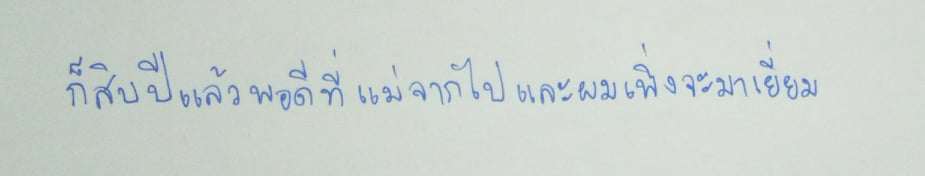
ก็สิบปีแล้วพอดีที่แม่จากไปและผมเพิ่งจะมาเยี่ยม